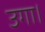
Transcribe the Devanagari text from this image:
उगा।